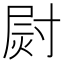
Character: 㷉